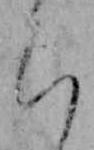
ち